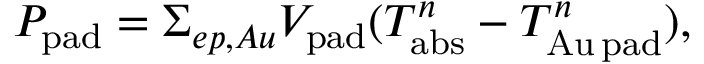
P _ { \mathrm { p a d } } = \Sigma _ { e p , A u } V _ { \mathrm { p a d } } ( T _ { \mathrm { a b s } } ^ { n } - T _ { \mathrm { A u \, p a d } } ^ { n } ) ,